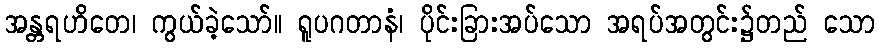
အန္တရဟိတေ၊ ကွယ်ခဲ့သော်။ ရူပဂတာနံ၊ ပိုင်းခြားအပ်သော အရပ်အတွင်း၌တည် သော